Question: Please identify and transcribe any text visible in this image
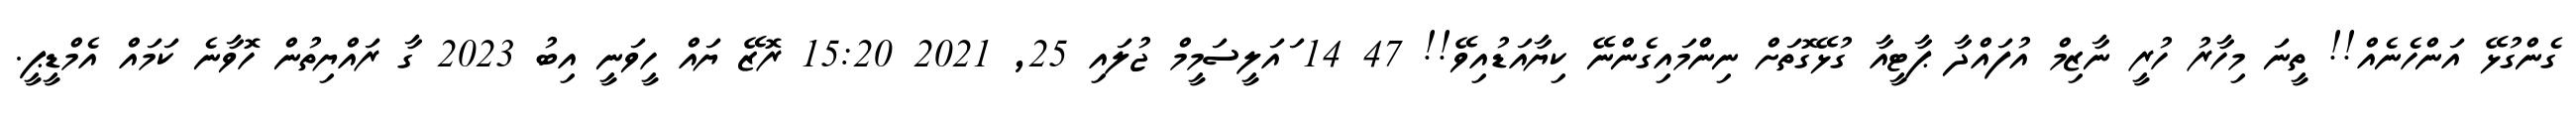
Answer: ގެންގުޅޭ އަންހެނެއް!! ތީނަ މިހާރު ހުރީ ނާޒިމް އުފައްދާ ޕާޓީއާ ގުޅޭގޮތަށް ނިންމައިގެންނޭ ކިޔާއަޑުއިވޭ!! 47 14 ައަލީސަމީމް ޖުލައި 25, 2021 15:20 ރޮޒޭ ޔައް ހީވަނީ އިބު 2023 ގާ ރައްޔިތުން ހޮވާނެ ކަމައް އެމްޑީޕީ.